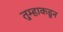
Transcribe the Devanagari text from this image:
तुम्हाकडून